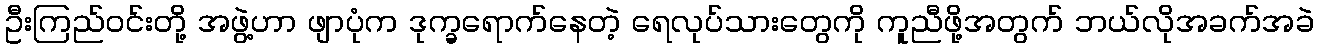
ဦးကြည်ဝင်းတို့ အဖွဲ့ဟာ ဖျာပုံက ဒုက္ခရောက်နေတဲ့ ရေလုပ်သားတွေကို ကူညီဖို့အတွက် ဘယ်လိုအခက်အခဲ